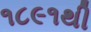
૧૮૯૧થી